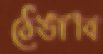
ঠেঙাবি